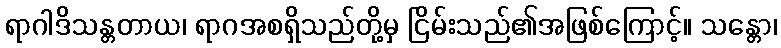
ရာဂါဒိသန္တတာယ၊ ရာဂအစရှိသည်တို့မှ ငြိမ်းသည်၏အဖြစ်ကြောင့်။ သန္တော၊